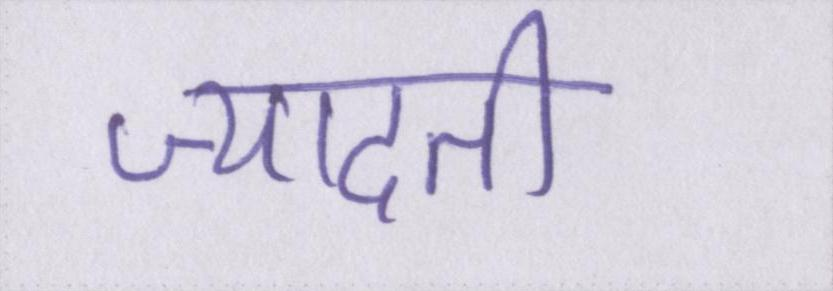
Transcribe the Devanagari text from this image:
ज्यादती